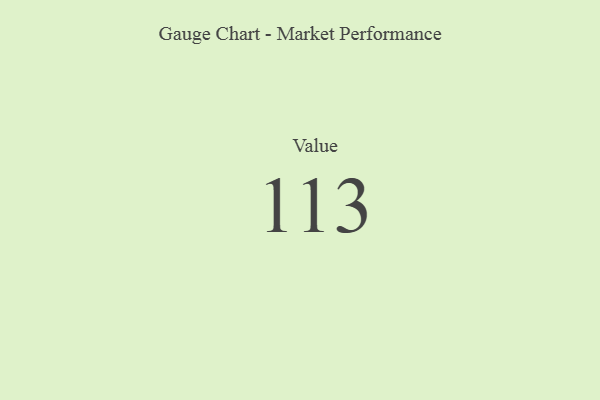
{"axis": {"x": "Metric", "y": "Value"}, "legend": [""], "data": [{"x": "Value", "y": 113, "type": ""}]}